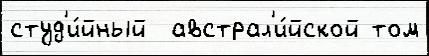
студ'и́йный  австрал'и́йской том